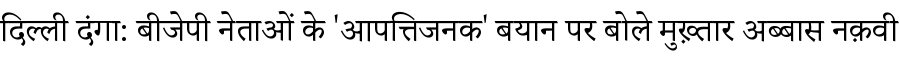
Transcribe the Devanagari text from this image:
दिल्ली दंगा: बीजेपी नेताओं के 'आपत्तिजनक' बयान पर बोले मुख़्तार अब्बास नक़वी